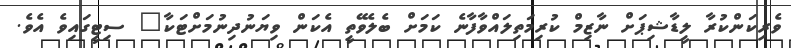
ވެރިކަންކުރާ ލީޑާޝިޕަށް ނާޒިމް ކުރިމަތިލައްވާފާނެ ކަމަށް ބެލެވޭތީ އެކަން ވިޔަނުދިނުމަށްޓަކާ" ސިޓީގައިވެ އެވެ.